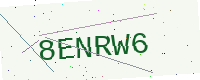
Text: 8ENRW6